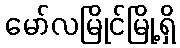
မော်လမြိုင်မြို့ရှိ